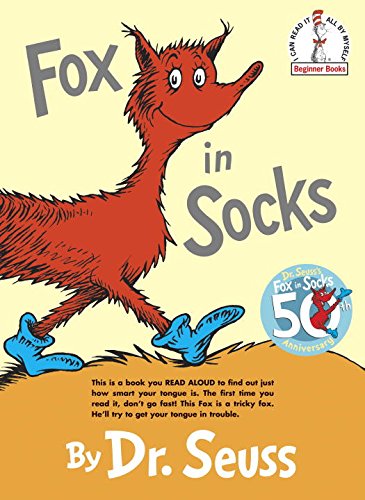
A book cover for Fox in Socks (Beginner Books); Dr. Seuss; Children's Books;